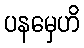
ပနမှေဟိ